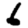
Digit: 6